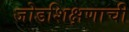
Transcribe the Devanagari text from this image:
जोडशिक्षणाची